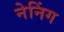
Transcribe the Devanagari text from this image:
नेनिंग